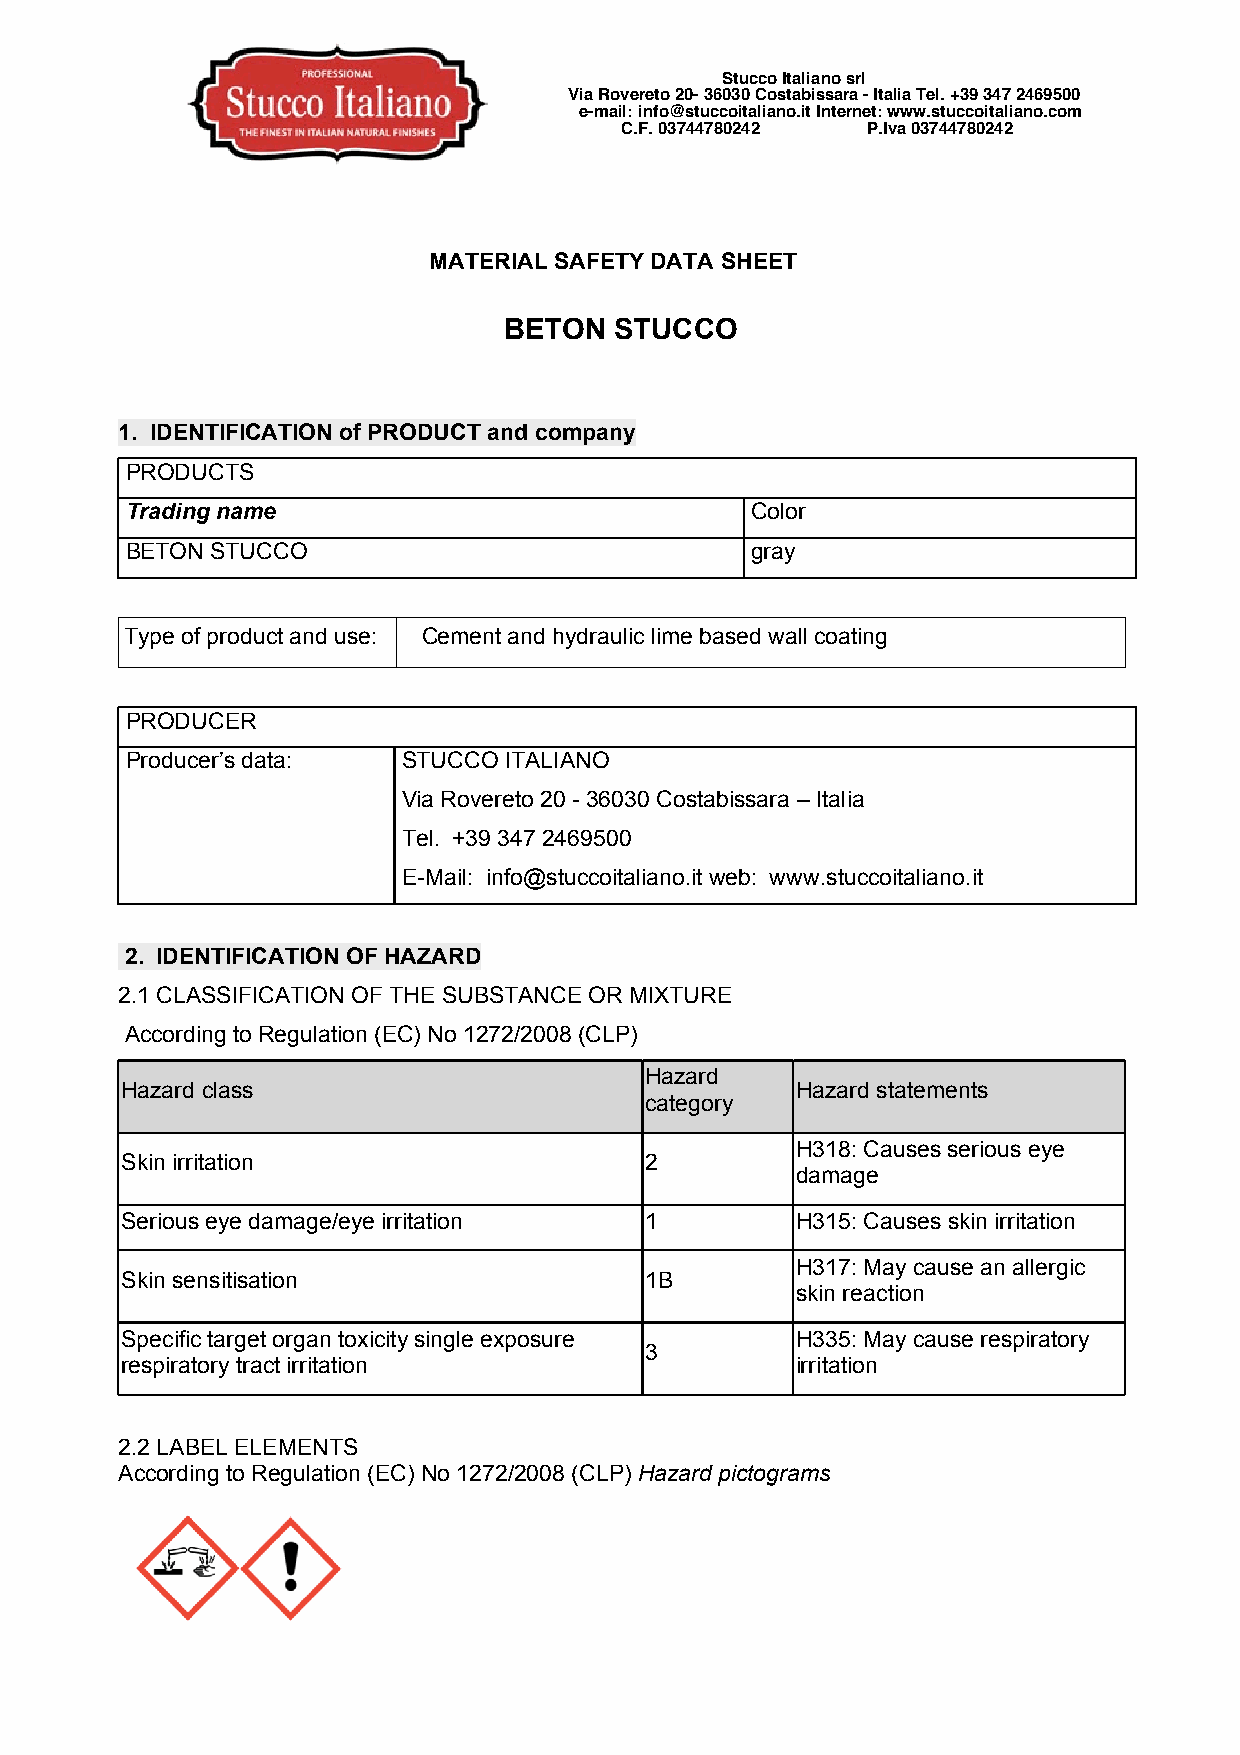
Stucco Italiano srl
 Via Rovereto 20- 36030 Costabissara - Italia Tel. +39 347 2469500
 e-mail: info@stuccoitaliano.it Internet: www.stuccoitaliano.com
 C.F. 03744780242 P.Iva 03744780242
 MATERIAL SAFETY DATA SHEET
 BETON   STUCCO
 1. IDENTIFICATION of PRODUCT and company
 PRODUCTS
 Trading name                              Color
 BETON STUCCO                              gray
 Type of product and use: Cement and hydraulic lime based wall coating
 PRODUCER
 Producer’s data:   STUCCO ITALIANO
 Via Rovereto 20 - 36030 Costabissara – Italia
 Tel. +39 347 2469500
 E-Mail: info@stuccoitaliano.it web: www.stuccoitaliano.it
 2. IDENTIFICATION OF HAZARD
 2.1 CLASSIFICATION OF THE SUBSTANCE OR MIXTURE
 According to Regulation (EC) No 1272/2008 (CLP)
 Hazard
 Hazard class                                 Hazard statements
 category
 H318: Causes serious eye
 Skin irritation                    2
 damage
 Serious eye damage/eye irritation  1         H315: Causes skin irritation
 H317: May cause an allergic
 Skin sensitisation                 1B
 skin reaction
 Specific target organ toxicity single exposure H335: May cause respiratory
 3
 respiratory tract irritation                 irritation
 2.2 LABEL ELEMENTS
 According to Regulation (EC) No 1272/2008 (CLP) Hazard pictograms